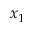
x _ { 1 }